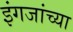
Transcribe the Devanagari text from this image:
इंगजांच्या